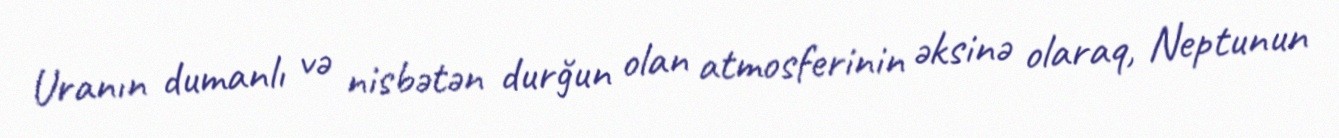
Uranın dumanlı və nisbətən durğun olan atmosferinin əksinə olaraq, Neptunun